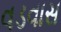
વડવાસ